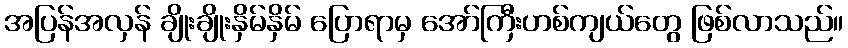
အပြန်အလှန် ချိုးချိုးနှိမ်နှိမ် ပြောရာမှ အော်ကြီးဟစ်ကျယ်တွေ ဖြစ်လာသည်။